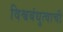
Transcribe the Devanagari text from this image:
विश्वबंधुत्वाची